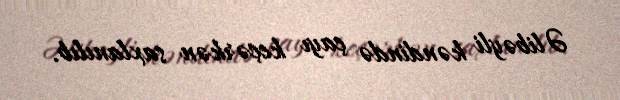
Əlibəyli kəndində çayı keçərkən saxlanılıb.